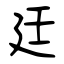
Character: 廷